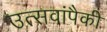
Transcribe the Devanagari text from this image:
उत्सवांपैकी